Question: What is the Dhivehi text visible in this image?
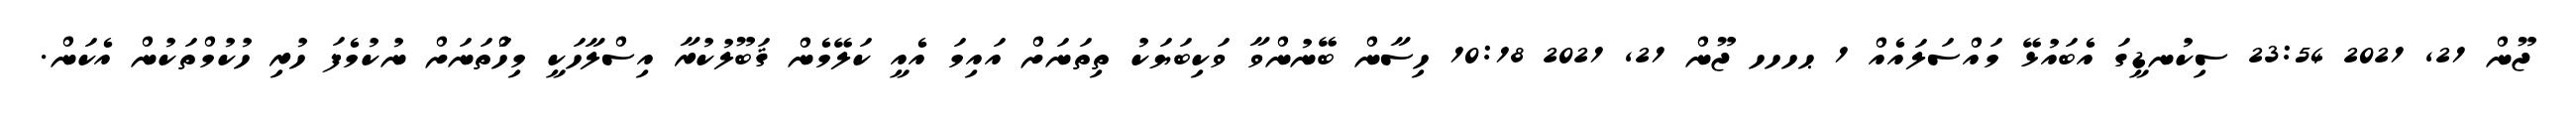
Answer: ޖޫން 21, 2021 23:54 ސިކުނޑީގަ އެބައުޅޭ މައްސަލައެއް 1 ޙހހހ ޖޫން 21, 2021 10:18 ހިސާން ބޭނުންވާ ވަކިބަޔަކު ތިތަނަށް އައިމަ އެއީ ކަލޭމެން ޤަބޫލުކުރާ އިސްލާހަކީ މިހަްތަނަށް ނުކުމެފަ ހުރި ހުކުމްތަކުން އެކަން.